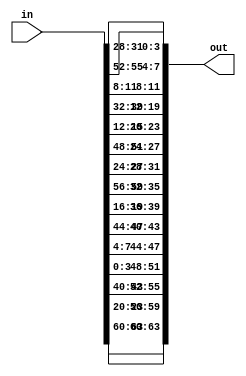

//////////////////////////////////////////////////////////////////////////////////
// Company: 	   COSIC, KU Leuven
// 
// Design Name: 
// Module Name:    midori_shuffle 
// Project Name:   TI with Non-Uniform Inputs
// Target Devices: 
// Tool versions: 
// Description: 
//
// Dependencies: 
//
// Revision: 
// Revision 0.01 - File Created
// Additional Comments: 
//
//////////////////////////////////////////////////////////////////////////////////
module midori_shuffle(
	input wire [63:0] in,
	output wire [63:0] out
);

	// make the following state shuffle
	// S0,...,S15 -> S0, S10, S5, S15, S14, S4, S11, S1, S9, S3, S12, S6, S7, S13, S2, S8

	assign out[63:60] = in[63:60];
	assign out[59:56] = in[23:20];
	assign out[55:52] = in[43:40];
	assign out[51:48] = in[3:0];
	assign out[47:44] = in[7:4];
	assign out[43:40] = in[47:44];
	assign out[39:36] = in[19:16];
	assign out[35:32] = in[59:56];
	assign out[31:28] = in[27:24];
	assign out[27:24] = in[51:48];
	assign out[23:20] = in[15:12];
	assign out[19:16] = in[39:36];
	assign out[15:12] = in[35:32];
	assign out[11:8] = in[11:8];
	assign out[7:4] = in[55:52];
	assign out[3:0] = in[31:28];

endmodule